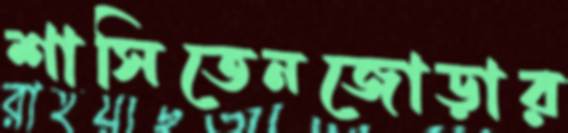
শাসিতেনজোড়ার